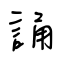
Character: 誦